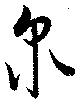
泉